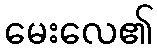
မေးလေ၏